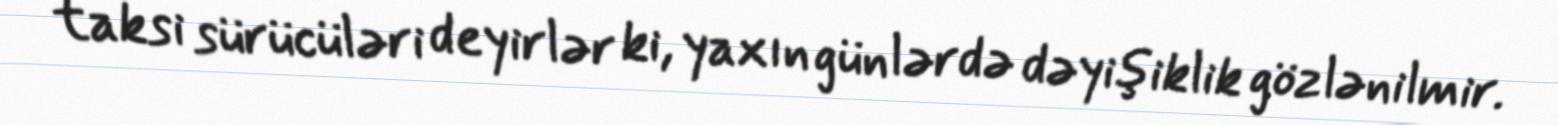
taksi sürücüləri deyirlər ki, yaxın günlərdə dəyişiklik gözlənilmir.